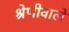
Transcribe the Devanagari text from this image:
श्रेणीवाले